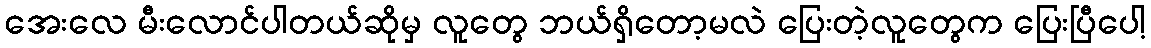
အေးလေ မီးလောင်ပါတယ်ဆိုမှ လူတွေ ဘယ်ရှိတော့မလဲ ပြေးတဲ့လူတွေက ပြေးပြီပေါ့